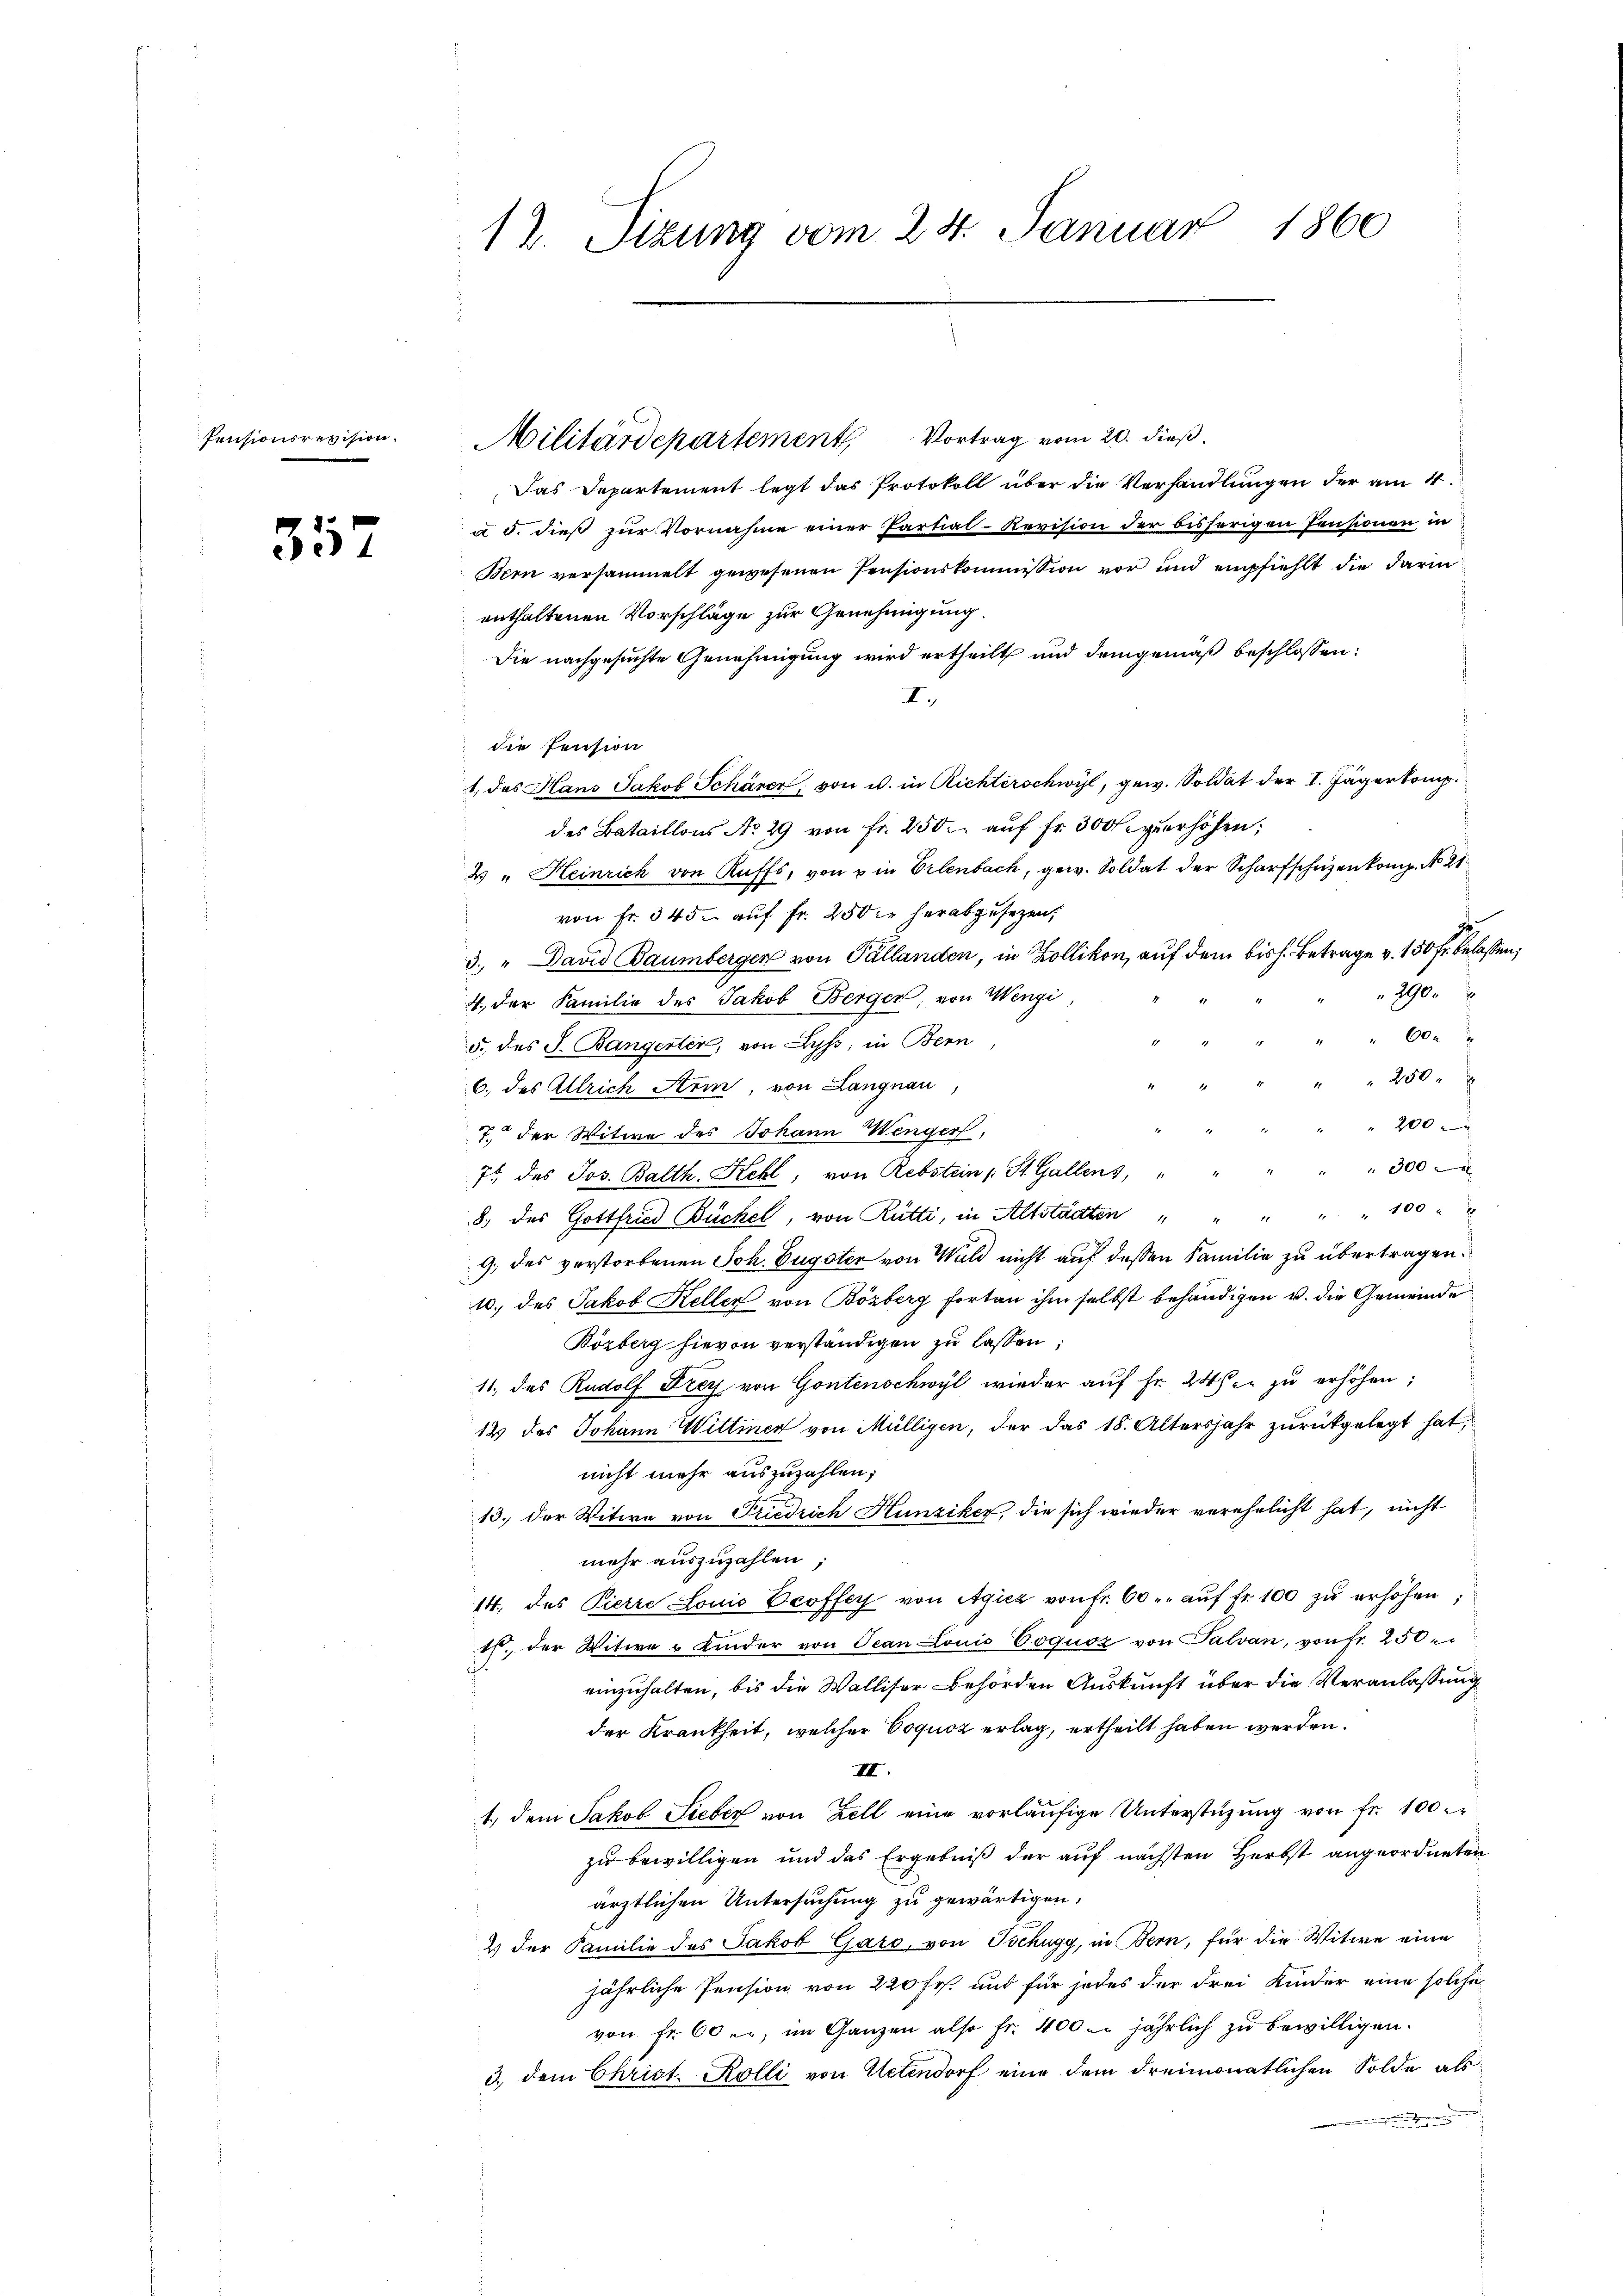
Pensionsrevision.

35

12. Sizung vom 24. Januar 1860

Militärdepartement, Vortrag vom 20. dieß.
Das Departement legt das Protokoll über die Verhandlungen der am 4.
a d. dieß zur Vornahme einer Partial-Revision der bisherigen Pensionen in
Bern versammelt gewesenen Pensionskommission vor und empfiehlt die darin
enthaltenen Vorschläge zur Genehmigung.
Die nachgesuchte Genehmigung wird ertheilt und demgemäß beschlossen:
I.
die Pension
1., das Hans Jakob Schärer, von u. in Richterschwyl, gew. Soldat der I. Jägerkomp
 des Bataillons No 29 von Fr. 250. aŭf fr. 300 zuerhöhen;
2) " Heinrich von Ruffs, von u in Erlenbach, gew. Soldat der Scharfschuzen komp. No 21
von Fr. 345 auf Fr. 250 fr herabgesezen,
3. " David Baumberger von Pallanden, in Zollikon, auf dem bis h. Betrage v. 150 fr. belassen;
2900
4. der Familie des Jakob Berger von Wengi,
"60
5. des J. Bangerter, von Lyss, in Bern
250.
6., des Allrich Arm, von Langnau,
200
7. der Witwe des Johann Wenger,
" " 300
75 des Jos. Balth. Kehl, von Rebstein St. Gallens, "
8) des Gottfried Bückel, von Rütti, in Altstädten " " " " " 100
9. des verstorbenen Joh. Eugster von Wald nicht auf dessen Familie zu übertragen.
10. des Jakob Keller von Bözberg fortan ihm selbst behändigen u. die Gemeinde
Bözberg hievon verständigen zu lassen,
11. des Rudolf Drey von Gontenschwyl wieder auf Fr. 24. er zu erhöhen;
12 des Johann Wittwer von Mülligen, der das 18. Altersjahr zurückgelegt hat,
nicht mehr auszuzahlen;
13. der Witwe von Friedrich Hunziker, die sich wieder verehelicht hat, nicht
mehr auszuzahlen;
14. des Pierre Louis Deoffer von Agiez von fr. 60. aŭf fr. 100 zŭ erhöhen;
1. der Witwe u Kinder von Oean Louis Coquoz von Salvan, von Fr. 250.
einzuhalten, bis die Walliser Behörden Auskunft über die Veranlassung
der Krankheit, welcher Coquoz erlag, ertheilt haben werden.
III.
1., dem Jakob Sieber von Zell eine vorläufige Unterstüzung von fr. 100
zu bewilligen und das Ergebniß der auf nächsten Herbst angeordneten
ärztlichen Untersuchung zu gewärtigen,
2.) der Familie des Jakob Garo, von Tschugg, in Bern, für die Witwe eine
jährliche Pension von 220 fr. und für jedes der drei Kinder eine solche
von fr. 60 u. im Ganzen also fr. 400. jährlich zu bewilligen.
3.) dem Christ. Kolli von Uetendorf eine dem dreimonatlichen Solde als